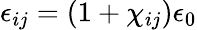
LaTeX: \epsilon_{ij}=(1+\chi_{ij})\epsilon_{0}